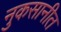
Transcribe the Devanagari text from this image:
नुकसानीत